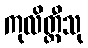
ကုလိတ္ထီသု